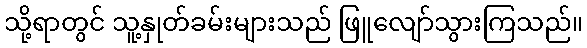
သို့ရာတွင် သူ့နှုတ်ခမ်းများသည် ဖြူလျော်သွားကြသည်။